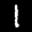
Label: 1